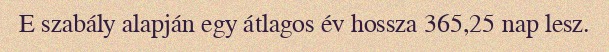
E szabály alapján egy átlagos év hossza 365,25 nap lesz.